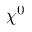
\chi ^ { 0 }